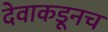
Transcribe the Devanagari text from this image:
देवाकडूनच